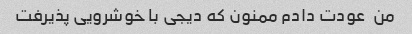
من  عودت دادم ممنون که دیجی با خوشرویی پذیرفت